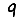
Digit: 9